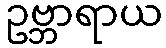
ဥဗ္ဘာရာယ